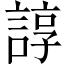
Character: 諄